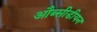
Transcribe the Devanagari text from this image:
औब्सीडीयन